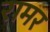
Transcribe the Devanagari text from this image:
रामर